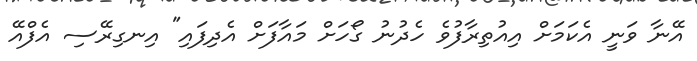
އޭނާ ވަނީ އެކަމަށް އިއުތިރާފުވެ ހެދުނު ގޯހަށް މައާފަށް އެދިފައި" އިނގިރޭސި އެފްއޭ